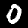
Label: 0